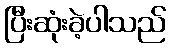
ပြီးဆုံးခဲ့ပါသည်